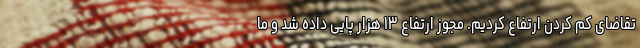
تقاضای کم کردن ارتفاع کردیم. مجوز ارتفاع ۱۳ هزار پایی داده شد و ما